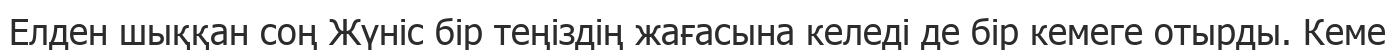
Елден шыққан соң Жүніс бір теңіздің жағасына келеді де бір кемеге отырды. Кеме